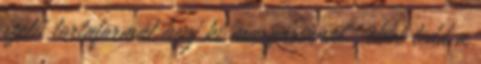
szélű tortaformát kenj ki margarinnal , ebbe tedd a